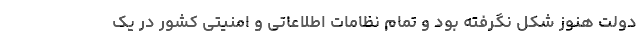
دولت هنوز شکل نگرفته بود و تمام نظامات اطلاعاتی و امنیتی کشور در یک